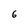
Character: 6